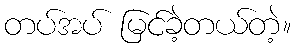
တပ်အပ် မြင်ခဲ့တယ်တဲ့။